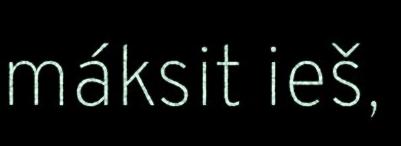
máksit ieš,